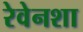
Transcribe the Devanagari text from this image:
रेवेनशा